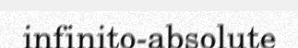
infinito-absolute